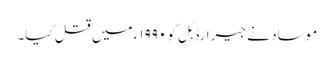
موساد نے جیرارڈ بُل کو ۱۹۹۰ء میں قتل کیا۔